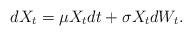
LaTeX: \begin{align*}dX_t = \mu X_t dt + \sigma X_t dW_t.\end{align*}